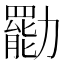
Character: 㔥